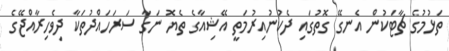
ތަޅުމުގެ ޗާޓަކުން އެނގޭ ގޮތުގައި ދެކުނުއިރުމަތީ އޭޝިއާގެ ތެޔޮ ނަގާ ސަރަހައްދުތަކާ ދިވެހިރާއްޖޭގެ